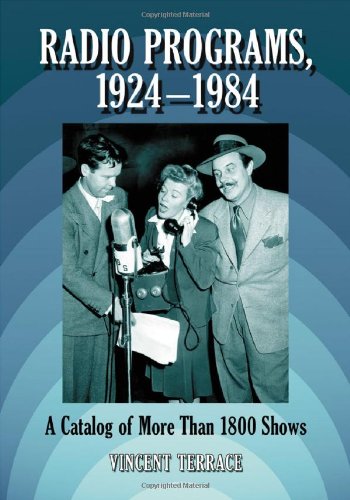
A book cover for Radio Programs, 1924-1984: A Catalog of More Than 1800 Shows; Vincent Terrace; Humor & Entertainment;